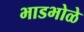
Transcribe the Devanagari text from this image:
भाडभोळे